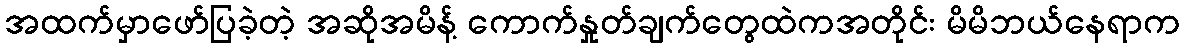
အထက်မှာဖော်ပြခဲ့တဲ့ အဆိုအမိန့် ကောက်နှုတ်ချက်တွေထဲကအတိုင်း မိမိဘယ်နေရာက